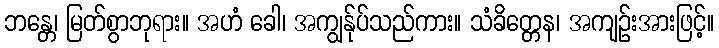
ဘန္တေ၊ မြတ်စွာဘုရား။ အဟံ ခေါ၊ အကျွန်ုပ်သည်ကား။ သံခိတ္တေန၊ အကျဉ်းအားဖြင့်။